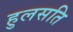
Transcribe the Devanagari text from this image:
हुलसति